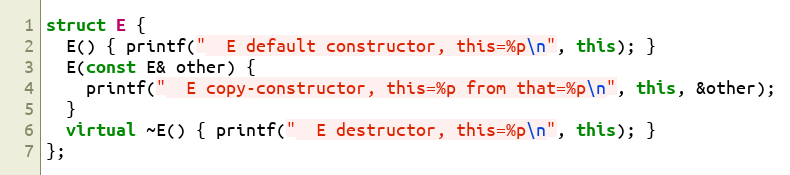
Language: C++
struct E {
  E() { printf("  E default constructor, this=%p\n", this); }
  E(const E& other) {
    printf("  E copy-constructor, this=%p from that=%p\n", this, &other);
  }
  virtual ~E() { printf("  E destructor, this=%p\n", this); }
};